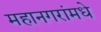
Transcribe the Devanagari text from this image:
महानगरांमधे